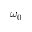
\omega _ { 0 }